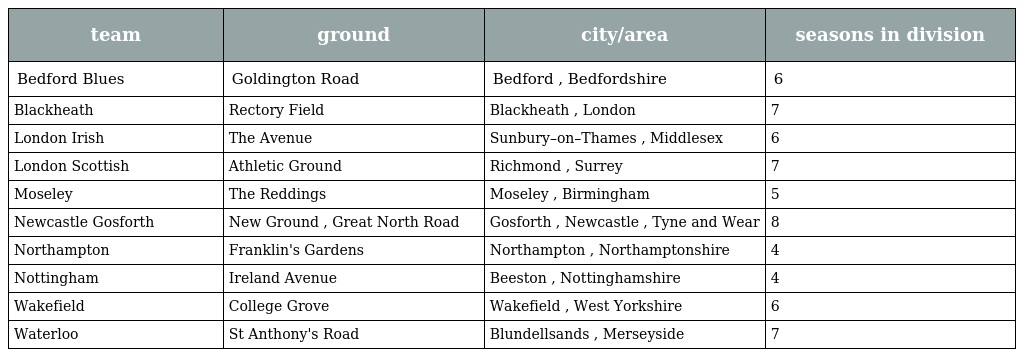
| team | ground | city/area | seasons in division |
 | --- | --- | --- | --- |
 | Bedford Blues | Goldington Road | Bedford , Bedfordshire | 6 |
 | Blackheath | Rectory Field | Blackheath , London | 7 |
 | London Irish | The Avenue | Sunbury–on–Thames , Middlesex | 6 |
 | London Scottish | Athletic Ground | Richmond , Surrey | 7 |
 | Moseley | The Reddings | Moseley , Birmingham | 5 |
 | Newcastle Gosforth | New Ground , Great North Road | Gosforth , Newcastle , Tyne and Wear | 8 |
 | Northampton | Franklin's Gardens | Northampton , Northamptonshire | 4 |
 | Nottingham | Ireland Avenue | Beeston , Nottinghamshire | 4 |
 | Wakefield | College Grove | Wakefield , West Yorkshire | 6 |
 | Waterloo | St Anthony's Road | Blundellsands , Merseyside | 7 |